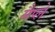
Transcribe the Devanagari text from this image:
मैप्ले